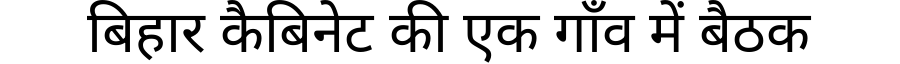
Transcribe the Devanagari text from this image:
बिहार कैबिनेट की एक गाँव में बैठक